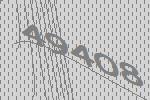
49408